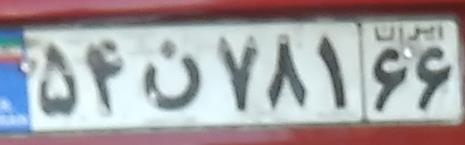
۵۴ن۷۸۱۶۶